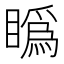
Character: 𥊪